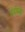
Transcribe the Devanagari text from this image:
उर्वारुकं